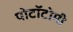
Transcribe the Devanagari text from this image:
पोटॉटोमी